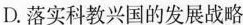
D.落实科教兴国的发展战略